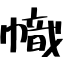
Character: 幟